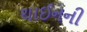
થાઈનની